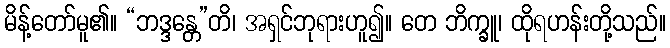
မိန့်တော်မူ၏။ “ဘဒ္ဒန္တေ”တိ၊ အရှင်ဘုရားဟူ၍။ တေ ဘိက္ခူ၊ ထိုရဟန်းတို့သည်။